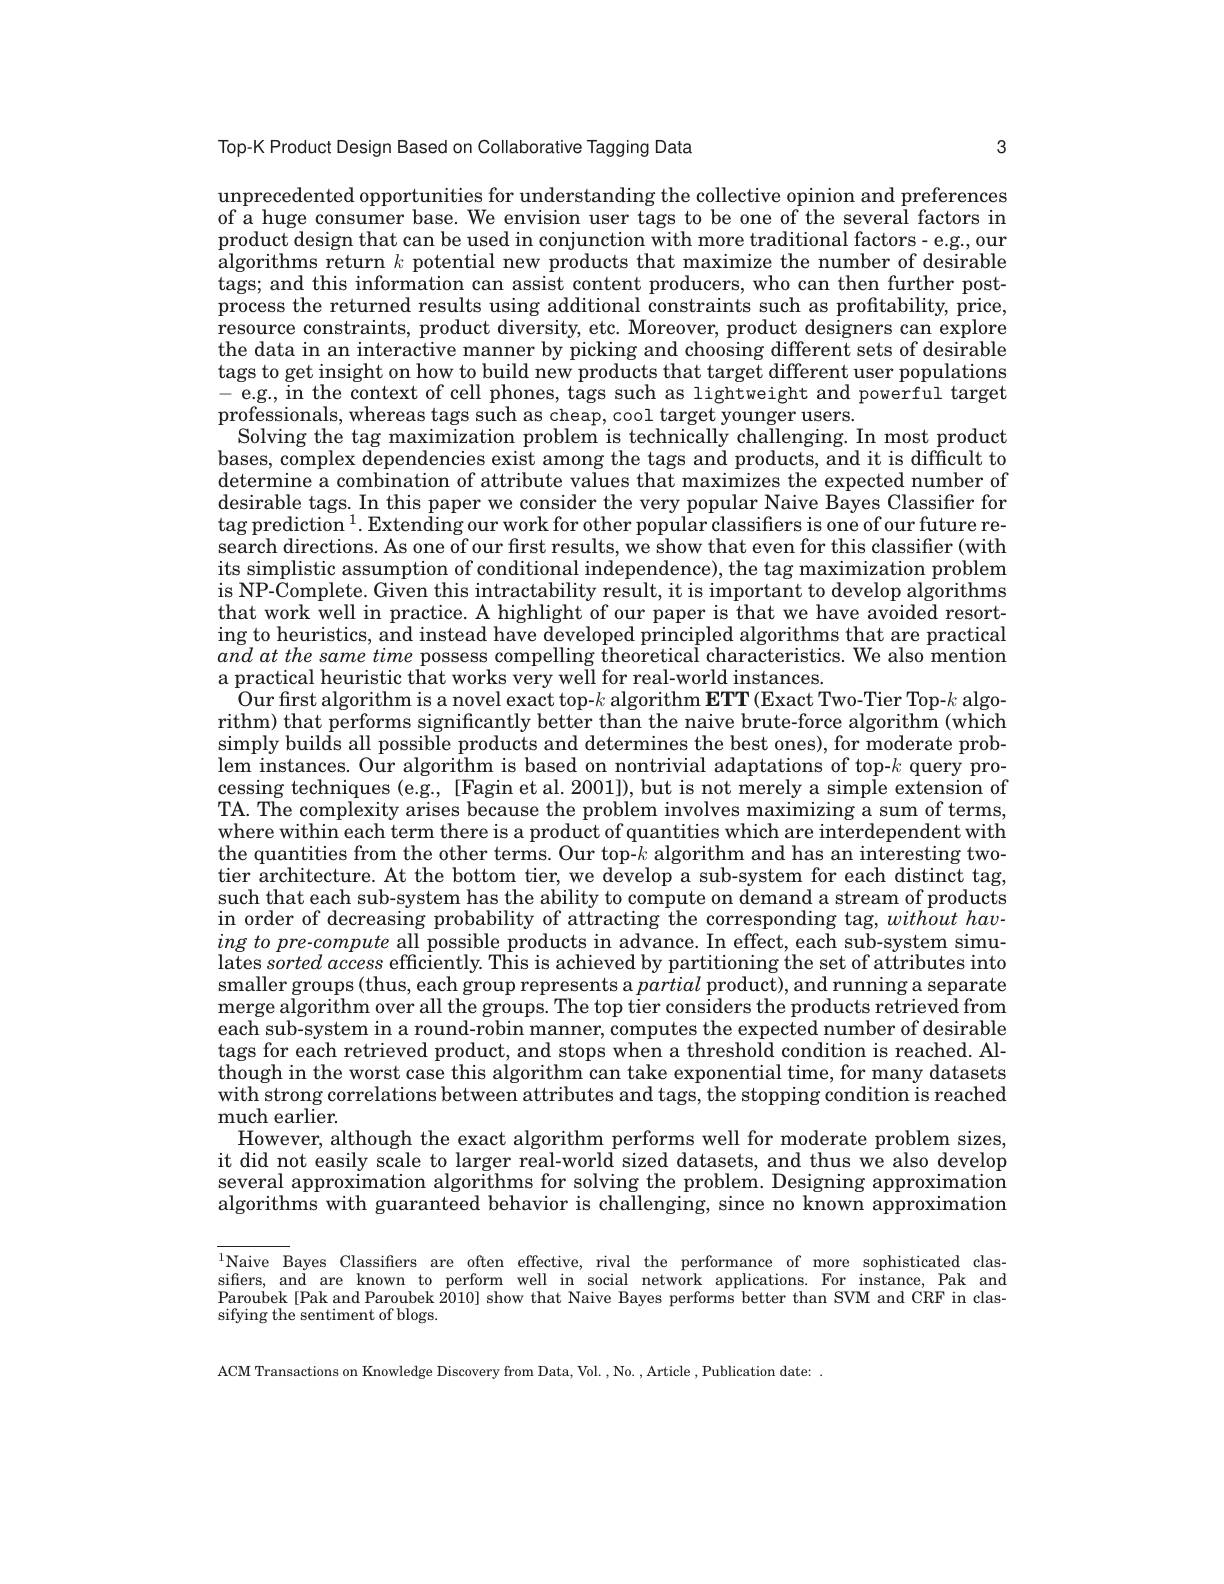
Top-K Product Design Based on Collaborative Tagging Data

3

unprecedented opportunities for understanding the collective opinion and preferences of a huge consumer base. We envision user tags to be one of the several factors in $\bar{\text{product design that can be used in conjunction with more traditional factors- e.g., our}}$ $\bar{\text{algorithms return }k}\dot{\text{ potential new products that maximize the number of desirable}}$ tags; and this information can assist content producers, who can then further postprocess the returned results using additional constraints such as profitability, price, resource constraints, product diversity, etc. Moreover, product designers can explore the data in an interactive manner by picking and choosing different sets of desirable tags to get insight on how to build new products that target different user populations - e.g., in the context of cell phones, tags such as lightweight and powerful target professionals, whereas tags such as cheap, cool target younger users.
Solving the tag maximization problem is technically challenging. In most product bases, complex dependencies exist among the tags and products, and it is difficult to determine a combination of attribute values that maximizes the expected number of desirable tags. In this paper we consider the very popular Naive Bayes Classifier for $\log\text{prediction }^1.$ Extending our work for other popular classifiers is one of our future research directions. As one of our first results, we show that even for this classifier (with its simplistic assumption of conditional independence), the tag maximization problem is NP- $\hat{C}$omplete. Given this intractability result, it is important to develop algorithms that work well in practice. A highlight of our paper is that we have avoided resorting to heuristics, and instead have developed principled algorithms that are practical and at the same'time possess compelling theoretical characteristics. We also mention a practical heuristic that works very well for real-world instances.
Our fırst algorithm is a novel exact top-$k$ algorithm ETT(Exact Two-Tier Top-$k$ algorithm) that performs significantly better than the naive brute-force algorithm (which simply builds all possible products and determines the best ones), for moderate problem instances. Our algorithm is based on nontrivial adaptations of top-k query processing techniques (e.g., [Fagin et al. 2001]), but is not merely a simple extension of TA. The complexity arises because the problem involves maximizing a sum of terms, where within each term there is a product of quantities which are interdependent with the quantities from the other terms. Our top-$k$ algorithm and has an interesting twotier architecture. At the bottom tier, we develop a sub-system for each distinct tag, such that each sub-system has the ability to compute on demand a stream of products in order of decreasing probability of attracting the corresponding tag, without having to pre-compute all possible products in advance. In effect, each sub-system simulates $sorted\textit{ access efficiently. This is achieved by partitioning the set of attributes into}$ smaller groups (thus, each group represents a partial product), and running a separate merge algorithm over all the groups. The top tier considers the products retrieved from each sub-system in a round-robin manner, computes the expected number of desirable tags for each retrieved product, and stops when a threshold condition is reached. Al- $\begin{array}{c}\text{though in the worst case this algorithm can take exponential time, for many datasets}\\\end{array}$ $\bar{\text{with strong correlations between attributes and tags, the stopping condition is reached}}$ much earlier.
However, although the exact algorithm performs well for moderate problem sizes, it did not easily scale to larger real-world sized datasets, and thus we also develop several approximation algorithms for solving the problem. Designing approximation algorithms with guaranteed behavior is challenging, since no known approximation

$^{1}$Naive Bayes Classifiers are often effective, rival the performance of more sophisticated classifiers, and are known to perform well in social network applications. For instance, Pak and Paroubek[Pak and Paroubek $\hat{2010}]$ show that Naive Bayes performs better than SVM and CRF in classifying the sentiment of blogs.

ACM Transactions on Knowledge Discovery from Data, Vol. ,No. , Article , Publication date: